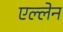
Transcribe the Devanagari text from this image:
एल्लेन